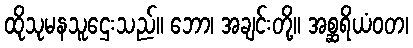
ထိုသုမနသူဌေးသည်။ ဘော၊ အချင်းတို့။ အစ္ဆရိယံဝတ၊